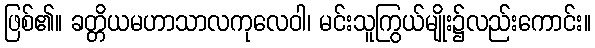
ဖြစ်၏။ ခတ္တိယမဟာသာလကုလေဝါ၊ မင်းသူကြွယ်မျိုး၌လည်းကောင်း။